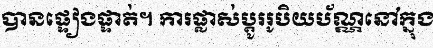
បានផ្ទៀងផ្ទាត់។ ការផ្លាស់ប្តូររូបិយប័ណ្ណនៅក្នុង